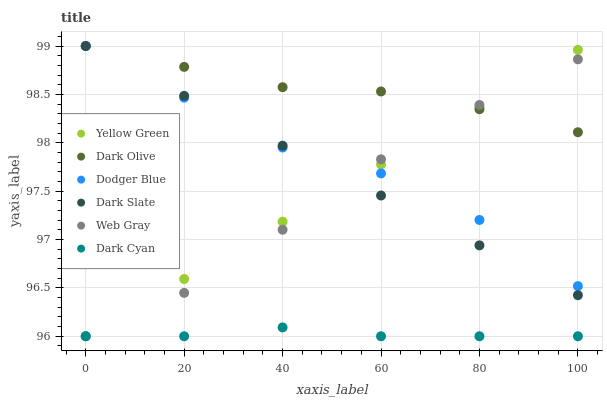
| xaxis_label | Yellow Green | Dark Olive | Dodger Blue | Dark Slate | Web Gray | Dark Cyan |
 | --- | --- | --- | --- | --- | --- | --- |
 | 0 | 96 | 99 | 99 | 99 | 96 | 96 |
 | 20 | 96.6 | 98.8 | 98.5 | 98.5 | 96.4 | 96 |
 | 40 | 97.2 | 98.6 | 98 | 98 | 97.1 | 96.1 |
 | 60 | 97.8 | 98.5 | 97.7 | 97.5 | 97.8 | 96 |
 | 80 | 98.4 | 98.3 | 97.2 | 96.9 | 98.4 | 96 |
 | 100 | 99 | 98.1 | 96.5 | 96.4 | 98.9 | 96 |